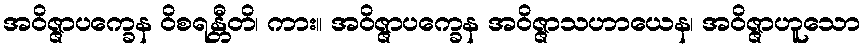
အဝိဇ္ဇာပက္ခေန ဝိစရန္တီတိ၊ ကား။ အဝိဇ္ဇာပက္ခေန အဝိဇ္ဇာသဟာယေန၊ အဝိဇ္ဇာဟူသော